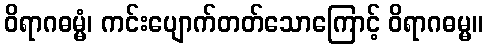
ဝိရာဂဓမ္မံ၊ ကင်းပျောက်တတ်သောကြောင့် ဝိရာဂဓမ္မ။